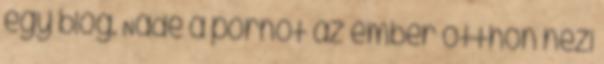
egy blog. Nade a pornót az ember otthon nézi